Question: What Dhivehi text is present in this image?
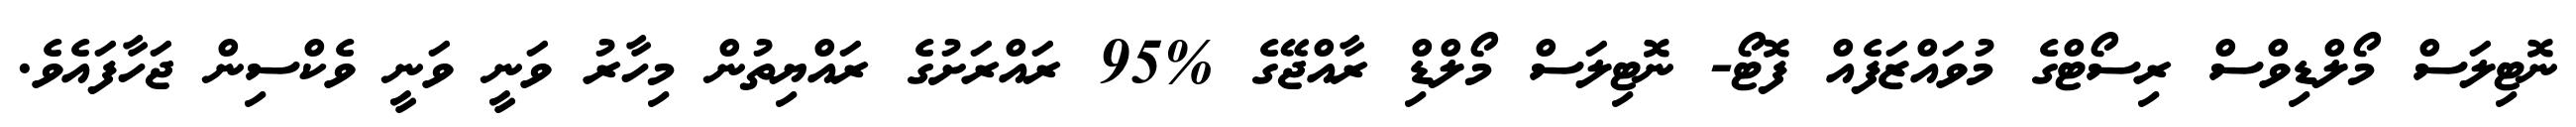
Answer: ނޮޓިލަސް މޯލްޑިވްސް ރިސޯޓްގެ މުވައްޒަފެއް ފޮޓޯ- ނޮޓިލަސް މޯލްޑިް ރާއްޖޭގެ %95 ރައްރަށުގެ ރައްޔިތުން މިހާރު ވަނީ ވަނީ ވެކްސިން ޖަހާފައެވެ.